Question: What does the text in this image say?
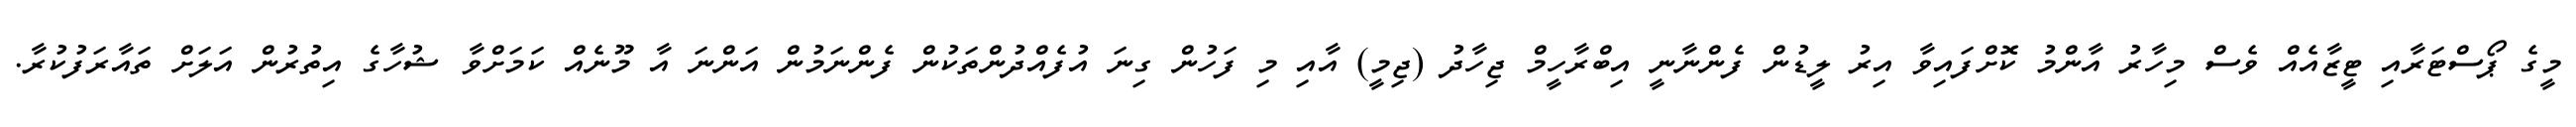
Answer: މީގެ ޕޯސްޓަރާއި ޓީޒާއެއް ވެސް މިހާރު އާންމު ކޮށްފައިވާ އިރު ލީޑުން ފެންނާނީ އިބްރާހީމް ޖިހާދު (ޖިމީ) އާއި މި ފަހުން ގިނަ އުފެއްދުންތަކުން ފެންނަމުން އަންނަ އާ މޫނެއް ކަމަށްވާ ޝުހާގެ އިތުރުން އަލަށް ތައާރަފުކުރާ.